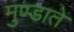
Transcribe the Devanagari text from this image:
मुण्डाते